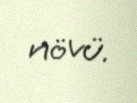
növü.